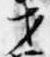
才